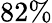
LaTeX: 82\%